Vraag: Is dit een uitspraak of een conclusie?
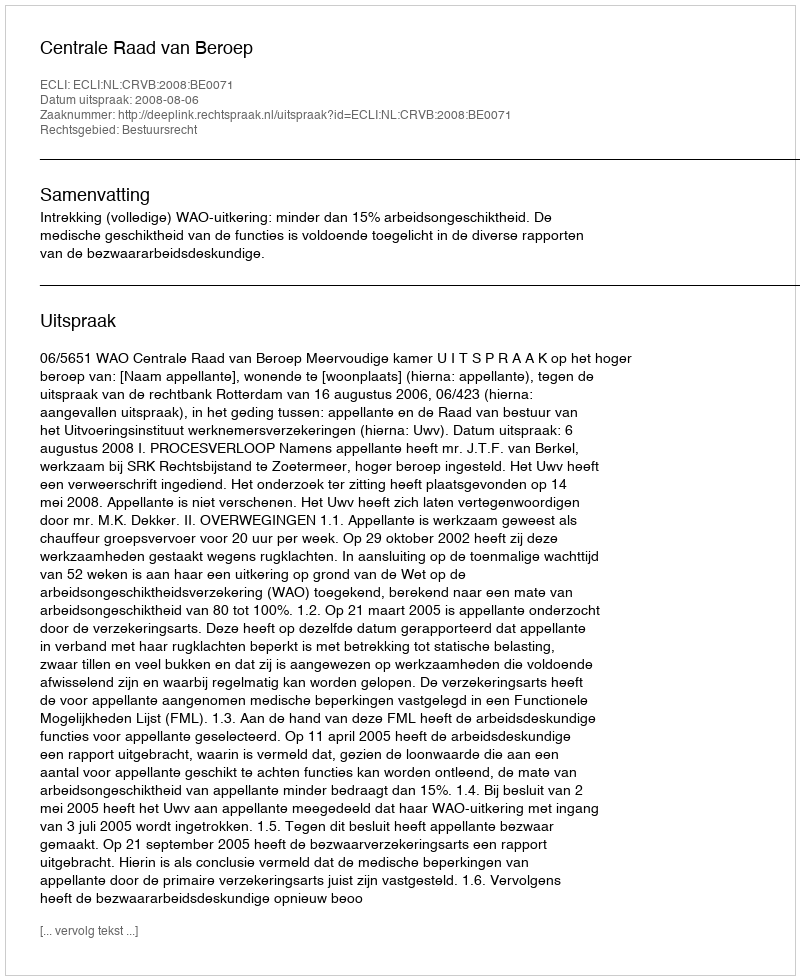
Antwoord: Uitspraak